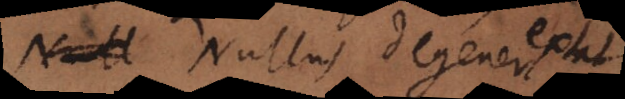
Nullus degener extat.